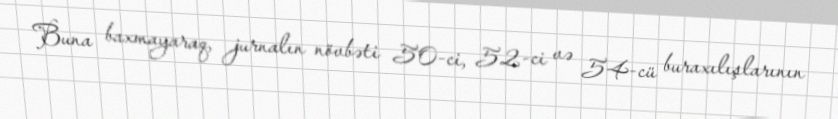
Buna baxmayaraq, jurnalın növbəti 50-ci, 52-ci və 54-cü buraxılışlarının